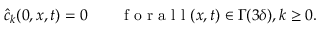
\begin{array} { r } { \hat { c } _ { k } ( 0 , x , t ) = 0 \qquad \mathrm { ~ f ~ o ~ r ~ a ~ l ~ l ~ } ( x , t ) \in \Gamma ( 3 \delta ) , k \geq 0 . } \end{array}